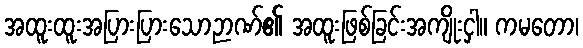
အထူးထူးအပြားပြားသောဉာဏ်၏ အထူးဖြစ်ခြင်းအကျိုးငှါ။ ကမတော၊